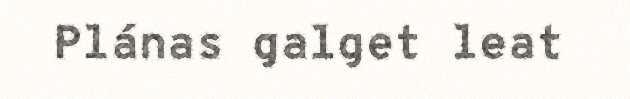
Plánas galget leat